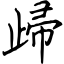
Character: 㱕